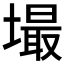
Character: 𱗸